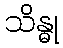
သိန္ဓု